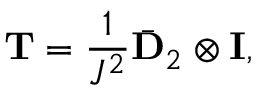
\mathbf { T } = \frac { 1 } { J ^ { 2 } } \bar { \mathbf { D } } _ { 2 } \otimes \mathbf { I } ,